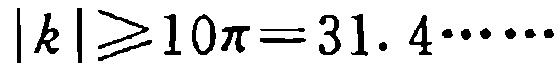
\(|k|\geqslant 10\pi = 31.4\cdots\cdots\)